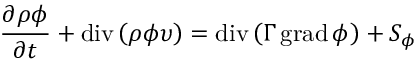
{ \frac { \partial \rho \phi } { \partial t } } + \operatorname { d i v } \left( \rho \phi \upsilon \right) = \operatorname { d i v } \left( \Gamma \operatorname { g r a d } \phi \right) + S _ { \phi }